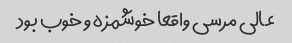
عالی مرسی واقعا خوشمزه و خوب بود